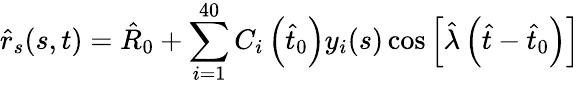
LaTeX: \hat{r}_{s}(s,t)=\hat{R}_{0}+\sum_{i=1}^{40}C_{i}\left(\hat{t}_{0}\right)y_{i}(s)\cos\left[\hat{\lambda}\left(\hat{t}-\hat{t}_{0}\right)\right]